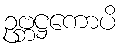
ဥဗ္ဘဋ္ဌကောပိ